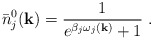
\begin{align*}\bar{n}_j^0({\bf k})=\frac{1}{{ e}^{\beta_j\omega_j({\bf k})}+1}\;.\end{align*}